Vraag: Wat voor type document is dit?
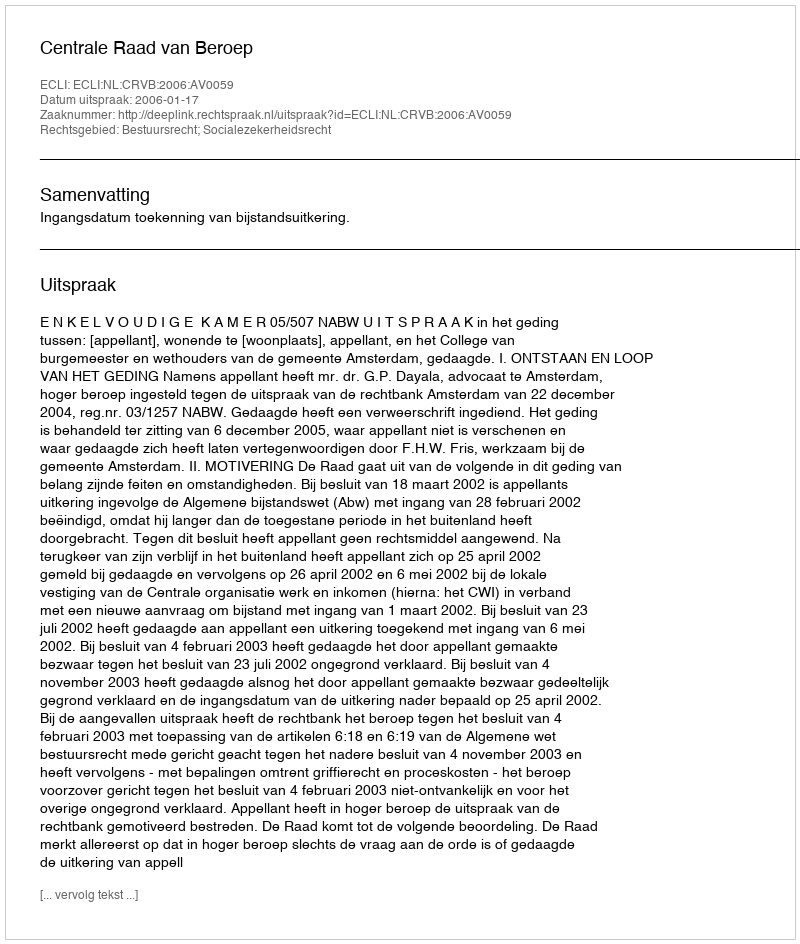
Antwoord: Uitspraak